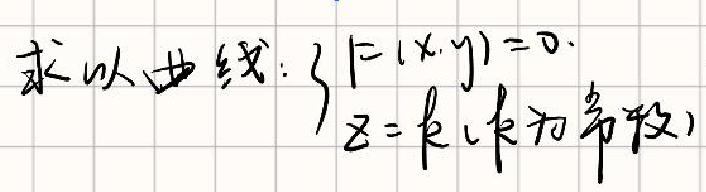
\(\left\{\begin{array}{l} F(x,y)=0\\ z = k(k \text{为常数})\end{array}\right.\)